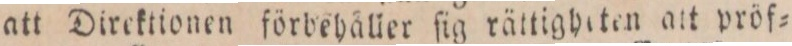
att Direktionen förbehäller ſig rättigheten att pröf=